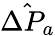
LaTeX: \hat{\Delta P_{a}}